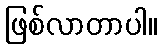
ဖြစ်လာတာပါ။